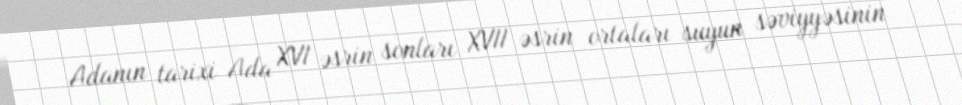
Adanın tarixi Ada XVI əsrin sonları XVII əsrin ortaları suyun səviyyəsinin